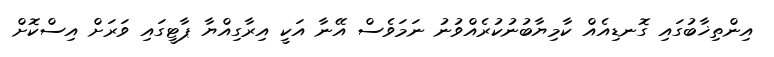
އިންތިޚާބުގައި ގޮނޑިއެއް ކާމިޔާބުނުކުރެއްވުނު ނަމަވެސް އޭނާ އަކީ އިރާގިއްޔާ ޕާޓީގައި ވަރަށް އިސްކޮށް